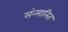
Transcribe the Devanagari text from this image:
संन्मानित